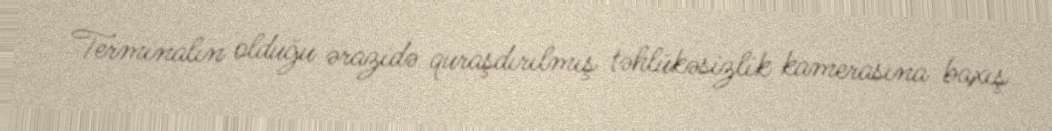
Terminalın olduğu ərazidə quraşdırılmış təhlükəsizlik kamerasına baxış